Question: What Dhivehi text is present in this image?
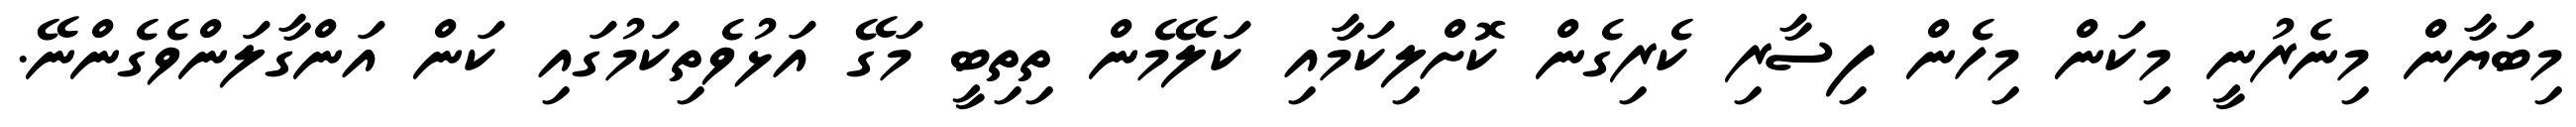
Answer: މިބަޔާން މިނެރުނީ މިކަން މިހެން ފިސާރި ކެރިގެން ކޮށްލިކަމާއި ކަލޭމެން ތިތިބީ މަގޭ އަޅުވެތިކަމުގައި ކަން އަންގާލަންވެގެންނޭ.